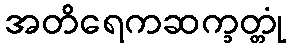
အတိရေကဆက္ခတ္တုံ